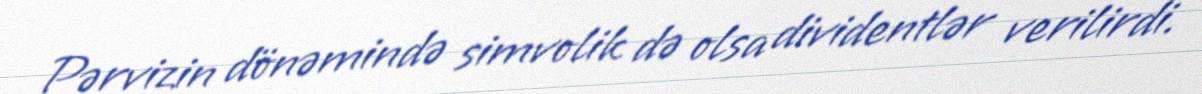
Pərvizin dönəmində simvolik də olsa dividentlər verilirdi.